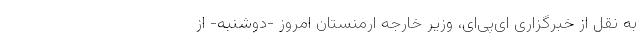
به نقل از خبرگزاری ای‌پی‌ای، وزیر خارجه ارمنستان امروز -‌دوشنبه- از